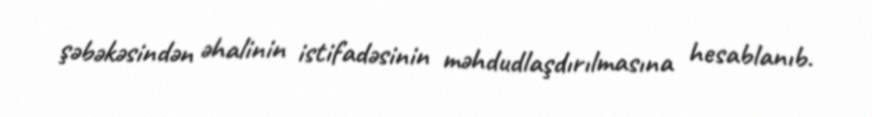
şəbəkəsindən əhalinin istifadəsinin məhdudlaşdırılmasına hesablanıb.